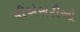
વીએસટીઓ